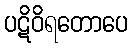
ပဋိဝိရတောပေ